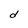
Character: d